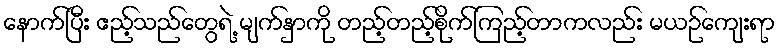
နောက်ပြီး ဧည့်သည်တွေရဲ့ မျက်နှာကို တည့်တည့်စိုက်ကြည့်တာကလည်း မယဉ်ကျေးရာ